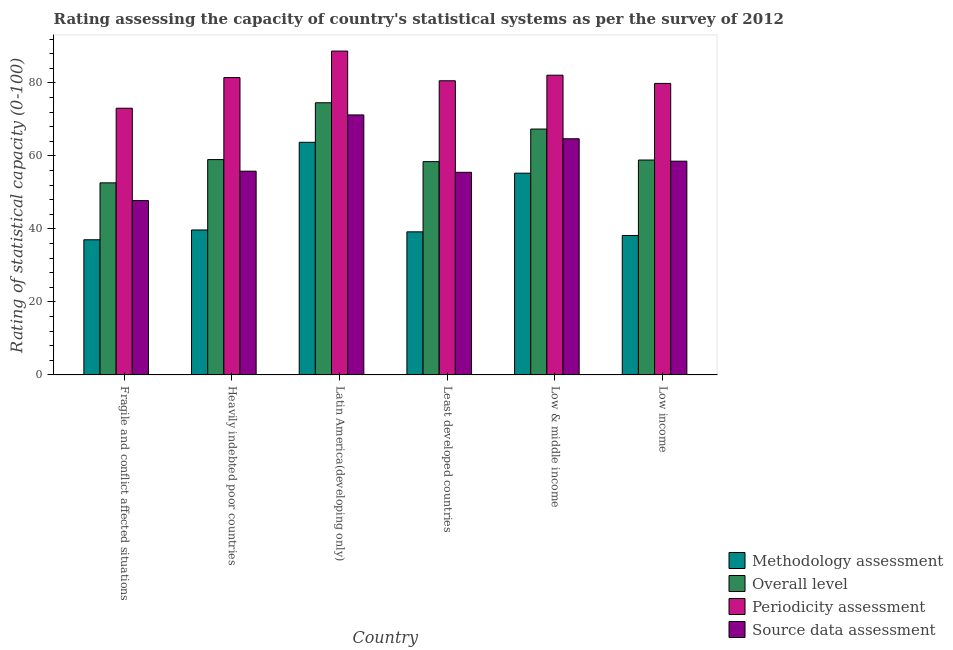
| Country | Methodology assessment | Overall level | Periodicity assessment | Source data assessment |
 | --- | --- | --- | --- | --- |
 | Fragile and conflict affected situations | 37 | 52.6 | 73.1 | 47.8 |
 | Heavily indebted poor countries | 39.7 | 59 | 81.5 | 55.8 |
 | Latin America(developing only) | 63.8 | 74.6 | 88.8 | 71.2 |
 | Least developed countries | 39.2 | 58.5 | 80.6 | 55.5 |
 | Low & middle income | 55.3 | 67.4 | 82.1 | 64.7 |
 | Low income | 38.2 | 58.9 | 79.9 | 58.6 |